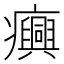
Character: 𤼈